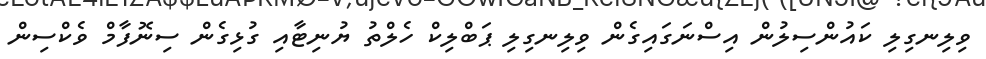
ވިލިނގިލި ކައުންސިލުން އިސްނަގައިގެން ވިލިނގިލި ޕަބްލިކް ހެލްތު ޔުނިޓާއި ގުޅިގެން ސިނޮފާމް ވެކްސިން